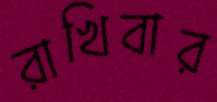
রাখিবার